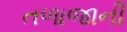
તળાજાની